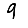
Digit: 9